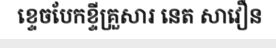
ខ្ទេចបែកខ្ទីគ្រួសារ នេត សាវឿន